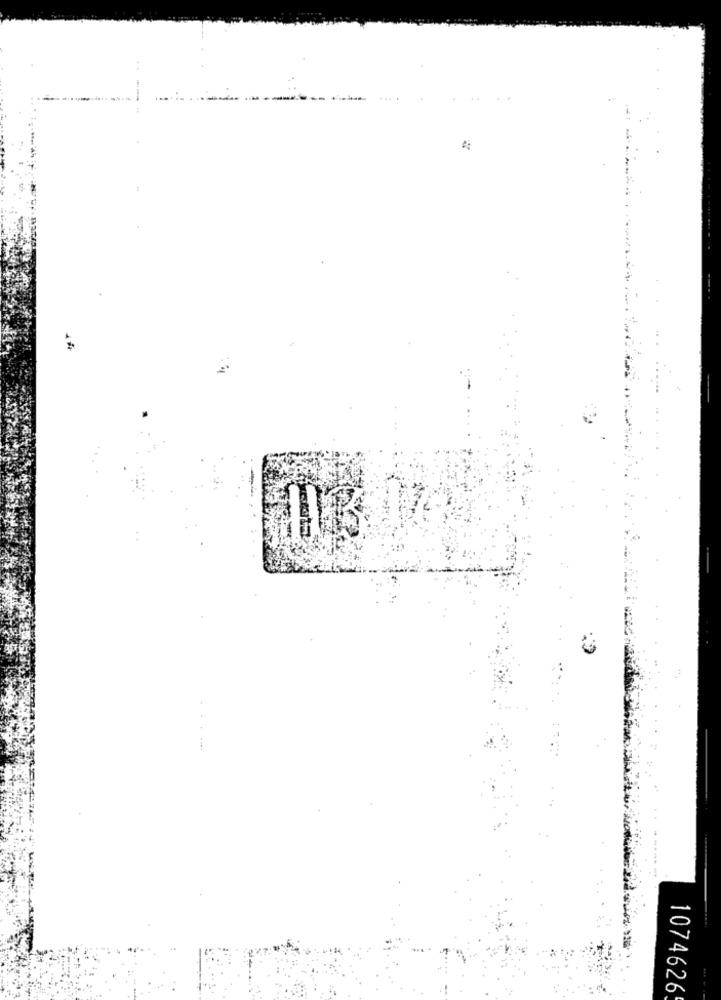
1074626
.. ..